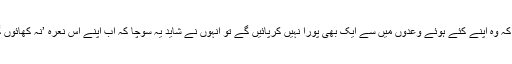
مودی جی نے تین سال محنت کرکے جب دیکھا کہ وہ اپنے کئے ہوئے وعدوں میں سے ایک بھی پورا نہیں کرپائیں گے تو انہوں نے شاید یہ سوچا کہ اب اپنے اس نعرہ ’نہ کھائوں گا نہ کھانے دوں گا‘ پر عمل کرنے کا وقت آگیا۔